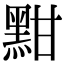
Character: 黚